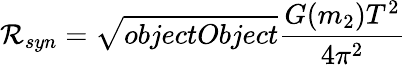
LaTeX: \mathcal{R}_{syn}={\sqrt{{{objectObject}}}{{\frac{{G(m_{2})T^{2}}}{{4\pi^{2}}}}}}